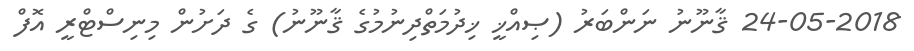
24-05-2018 ޤާނޫނު ނަންބަރު (ޞިއްޚީ ޚިދުމަތްދިނުމުގެ ޤާނޫނު) ގެ ދަށުން މިނިސްޓްރީ އޮފް